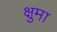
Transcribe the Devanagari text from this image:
क्षुमा